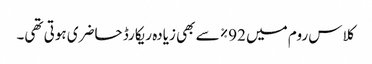
کلاس روم میں 92% سے بھی زیادہ ریکارڈ حاضری ہوتی تھی۔